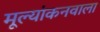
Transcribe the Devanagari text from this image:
मूल्यांकनवाला